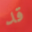
قد